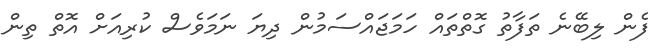
ފެން ލިބޭނެ ތަފާތު ގޮތްތައް ހަމަޖައްސަމުން ދިޔަ ނަމަވެސް ކުރިއަށް އޮތް ތިން